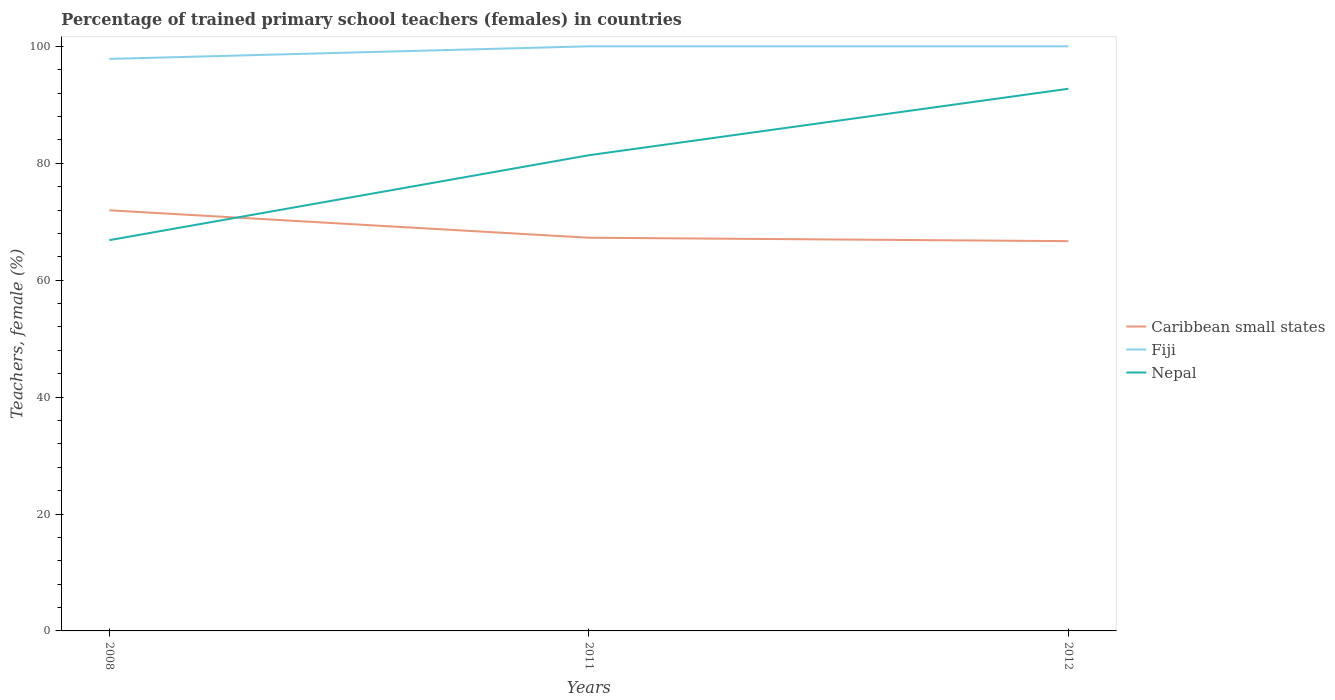
| Years | Caribbean small states | Fiji | Nepal |
 | --- | --- | --- | --- |
 | 2008 | 72 | 97.8 | 66.8 |
 | 2011 | 67.3 | 100 | 81.4 |
 | 2012 | 66.7 | 100 | 92.7 |